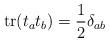
LaTeX: \begin{align*}{\rm tr} (t_a t_b) = \frac{1}{2} \delta_{ab}\end{align*}